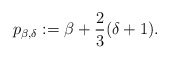
\begin{align*}{p_{\beta, \delta}} := \beta + \frac{2}{3} (\delta + 1).\end{align*}